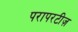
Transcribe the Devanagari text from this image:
परापरटीज़